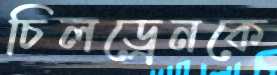
চিলড্রেনকে